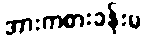
အားကစားခန်းမ